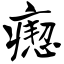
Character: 瘛